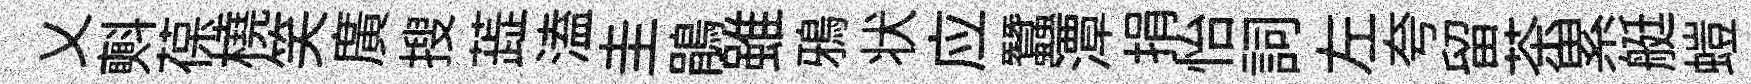
乂㪺葆橈笑廣搜蕋溘圭鵑雖鴉状应蠶潭捐怡詞左夸留茶累艇螘